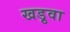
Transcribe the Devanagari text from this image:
खड़ुवा